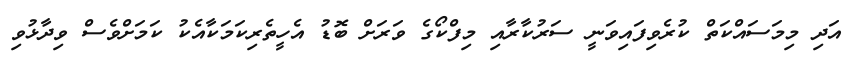
އަދި މިމަސައްކަތް ކުރެވިފައިވަނީ ސަރުކާރާއި މިފްކޯގެ ވަރަށް ބޮޑު އެހީތެރިކަމަކާއެކު ކަމަށްވެސް ވިދާޅުވި